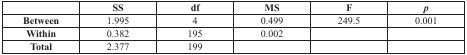
|  | SS | df | MS | F | p |
 | --- | --- | --- | --- | --- | --- |
 | Between | 1.995 | 4 | 0.499 | 249.5 | 0.001 |
 | Within | 0.382 | 195 | 0.002 |  |  |
 | Total | 2.377 | 199 |  |  |  |